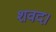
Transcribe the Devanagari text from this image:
शवद।